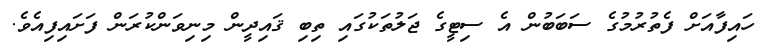
ހައިފާއަށް ފެތުރުމުގެ ސަބަބުން އެ ސިޓީގެ ޖަލުތަކުގައި ތިބި ޤައިދީން މިނިވަންކުރަން ފަށައިފިއެވެ.